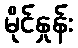
မိုင်နှုန်း